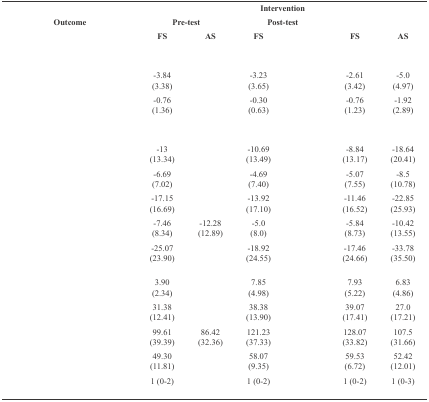
<table><thead><tr><td>[EMPTY_CELL]</td><td colspan="6"><b>Intervention</b></td></tr><tr><td rowspan="2"><b>Outcome</b></td><td colspan="2"><b>Pre-test</b></td><td colspan="2"><b>Post-test</b></td><td colspan="2">[EMPTY_CELL]</td></tr><tr><td><b>FS</b></td><td><b>AS</b></td><td><b>FS</b></td><td>[EMPTY_CELL]</td><td><b>FS</b></td><td><b>AS</b></td></tr></thead><tbody><tr><td colspan="7">[EMPTY_CELL]</td></tr><tr><td>[EMPTY_CELL]</td><td> -3.84(3.38)</td><td>[EMPTY_CELL]</td><td>-3.23(3.65)</td><td>[EMPTY_CELL]</td><td>-2.61(3.42)</td><td>-5.0(4.97)</td></tr><tr><td>[EMPTY_CELL]</td><td>-0.76(1.36)</td><td>[EMPTY_CELL]</td><td>-0.30(0.63)</td><td>[EMPTY_CELL]</td><td>-0.76(1.23)</td><td>-1.92(2.89)</td></tr><tr><td colspan="7">[EMPTY_CELL]</td></tr><tr><td>[EMPTY_CELL]</td><td>-13(13.34)</td><td>[EMPTY_CELL]</td><td>-10.69(13.49)</td><td>[EMPTY_CELL]</td><td>-8.84(13.17)</td><td>-18.64(20.41)</td></tr><tr><td>[EMPTY_CELL]</td><td>-6.69(7.02)</td><td>[EMPTY_CELL]</td><td>-4.69(7.40)</td><td>[EMPTY_CELL]</td><td>-5.07(7.55)</td><td>-8.5(10.78)</td></tr><tr><td>[EMPTY_CELL]</td><td>-17.15(16.69)</td><td>[EMPTY_CELL]</td><td>-13.92(17.10)</td><td>[EMPTY_CELL]</td><td>-11.46(16.52)</td><td>-22.85(25.93)</td></tr><tr><td>[EMPTY_CELL]</td><td>-7.46(8.34)</td><td>-12.28(12.89)</td><td>-5.0(8.0)</td><td>[EMPTY_CELL]</td><td>-5.84(8.73)</td><td>-10.42(13.55)</td></tr><tr><td>[EMPTY_CELL]</td><td>-25.07(23.90)</td><td>[EMPTY_CELL]</td><td>-18.92(24.55)</td><td>[EMPTY_CELL]</td><td>-17.46(24.66)</td><td>-33.78(35.50)</td></tr><tr><td>[EMPTY_CELL]</td><td>3.90(2.34)</td><td>[EMPTY_CELL]</td><td>7.85(4.98)</td><td>[EMPTY_CELL]</td><td>7.93(5.22)</td><td>6.83(4.86)</td></tr><tr><td>[EMPTY_CELL]</td><td>31.38(12.41)</td><td>[EMPTY_CELL]</td><td>38.38(13.90)</td><td>[EMPTY_CELL]</td><td>39.07(17.41)</td><td>27.0(17.21)</td></tr><tr><td>[EMPTY_CELL]</td><td>99.61(39.39)</td><td>86.42(32.36)</td><td>121.23(37.33)</td><td>[EMPTY_CELL]</td><td>128.07(33.82)</td><td>107.5(31.66)</td></tr><tr><td>[EMPTY_CELL]</td><td>49.30(11.81)</td><td>[EMPTY_CELL]</td><td>58.07(9.35)</td><td>[EMPTY_CELL]</td><td>59.53(6.72)</td><td>52.42(12.01)</td></tr><tr><td>[EMPTY_CELL]</td><td>1 (0-2)</td><td>[EMPTY_CELL]</td><td>1 (0-2)</td><td>[EMPTY_CELL]</td><td>1(0-2)</td><td>1(0-3)</td></tr></tbody></table>